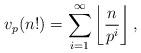
LaTeX: \begin{align*} v_p(n!)=\sum_{i=1}^\infty\left\lfloor\frac{n}{p^i}\right\rfloor, \end{align*}